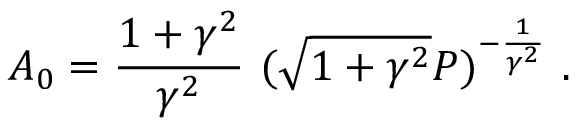
A _ { 0 } = \frac { 1 + \gamma ^ { 2 } } { \gamma ^ { 2 } } \ ( \sqrt { 1 + \gamma ^ { 2 } } P ) ^ { - \frac { 1 } { \gamma ^ { 2 } } } \ .